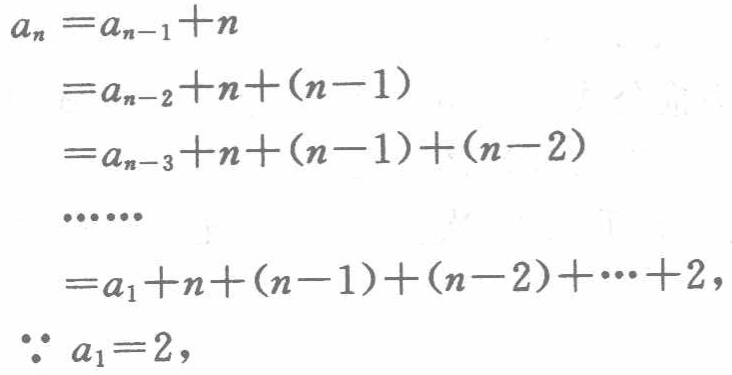
\[
\begin{align*}
a_{n}&=a_{n - 1}+n\\
&=a_{n - 2}+n+(n - 1)\\
&=a_{n - 3}+n+(n - 1)+(n - 2)\\
&\cdots\cdots\\
&=a_{1}+n+(n - 1)+(n - 2)+\cdots+2,\\
\because a_{1}&=2,
\end{align*}
\]